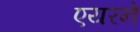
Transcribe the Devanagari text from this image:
एयरने